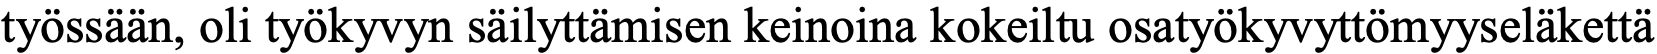
työssään, oli työkyvyn säilyttämisen keinoina kokeiltu osatyökyvyttömyyseläkettä